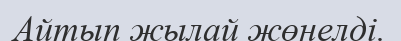
Айтып жылай жөнелді.